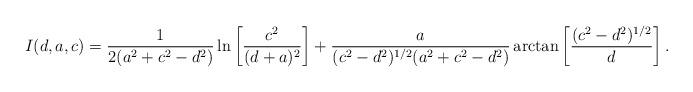
LaTeX: \begin{align*}I(d,a,c) = {1 \over 2(a^2+c^2-d^2)} \ln \left[ {c^2 \over (d+a)^2} \right] + {a \over (c^2-d^2)^{1/2}(a^2+c^2-d^2) } \arctan \left[ (c^2-d^2)^{1/2} \over d \right].\end{align*}